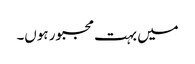
میں بہت مجبور ہوں۔